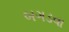
બગડવા